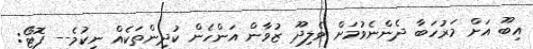
އިބޫ އަށް މަރުހަބާ ދެންނެވުމަށް ވެލިދޫ ޒުވާން އަންހެން ކުދިންތަކެއް ނިކުމެ-- ފޮޓޯ: